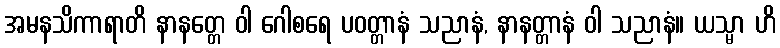
အမနသိကာရာတိ နာနတ္တေ ဝါ ဂေါစရေ ပဝတ္တာနံ သညာနံ, နာနတ္တာနံ ဝါ သညာနံ။ ယသ္မာ ဟိ